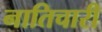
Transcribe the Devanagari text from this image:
नातिचारी